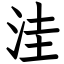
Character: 洼